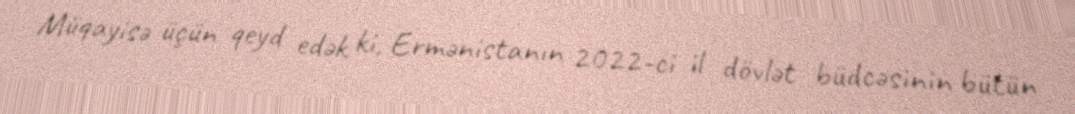
Müqayisə üçün qeyd edək ki, Ermənistanın 2022-ci il dövlət büdcəsinin bütün